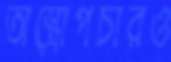
অস্ত্রোপচারও